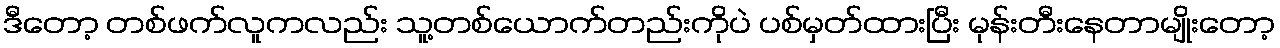
ဒီတော့ တစ်ဖက်လူကလည်း သူ့တစ်ယောက်တည်းကိုပဲ ပစ်မှတ်ထားပြီး မုန်းတီးနေတာမျိုးတော့